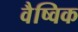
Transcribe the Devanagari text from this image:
वैष्विक